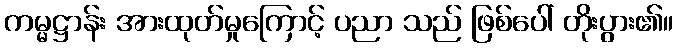
ကမ္မဋ္ဌာန်း အားထုတ်မှုကြောင့် ပညာ သည် ဖြစ်ပေါ် တိုးပွား၏။